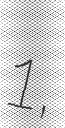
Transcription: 1,